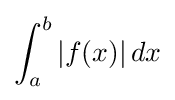
\int _{a}^{b}|f(x)|\,dx